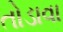
તોડાવા